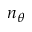
n _ { \theta }